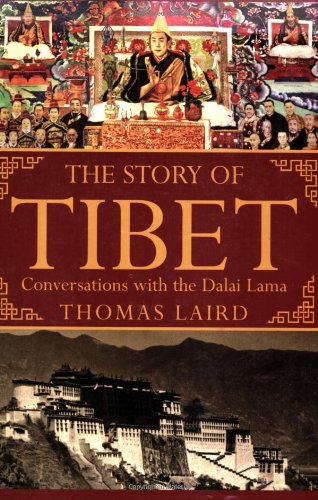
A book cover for The Story of Tibet: Conversations with the Dalai Lama; Thomas Laird; Religion & Spirituality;